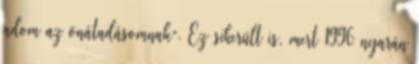
adom az önátadásomnak”. Ez sikerült is, mert 1996 nyarán